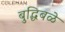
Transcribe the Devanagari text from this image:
बुद्धिबळे